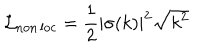
\mathcal { L } _ { \mathrm { n o n \, l o c } } = { \frac { 1 } { 2 } } | \sigma ( k ) | ^ { 2 } \sqrt { k ^ { 2 } }